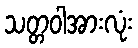
သတ္တဝါအားလုံး